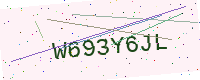
Text: W693Y6JL